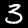
Label: 3